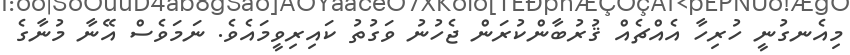
މިއެނގުނީ ހުރިހާ އެއްޗެއް ޤުރުބާންކުރަން ޖެހުނު ވަގުތު ކައިރިވީމައެވެ. ނަމަވެސް އޭނާ މުނާގެ